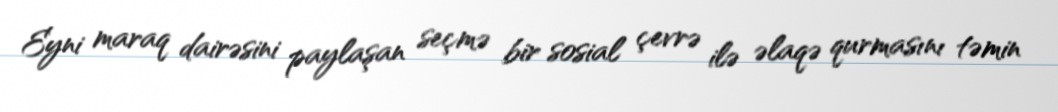
Eyni maraq dairəsini paylaşan seçmə bir sosial çevrə ilə əlaqə qurmasını təmin